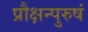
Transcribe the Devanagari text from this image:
प्रौक्षन्पुरुषं